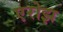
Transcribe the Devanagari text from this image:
एरोझ